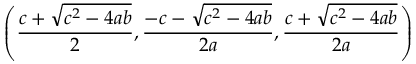
\left( { \frac { c + { \sqrt { c ^ { 2 } - 4 a b } } } { 2 } } , { \frac { - c - { \sqrt { c ^ { 2 } - 4 a b } } } { 2 a } } , { \frac { c + { \sqrt { c ^ { 2 } - 4 a b } } } { 2 a } } \right)